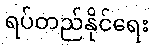
ရပ်တည်နိုင်ရေး